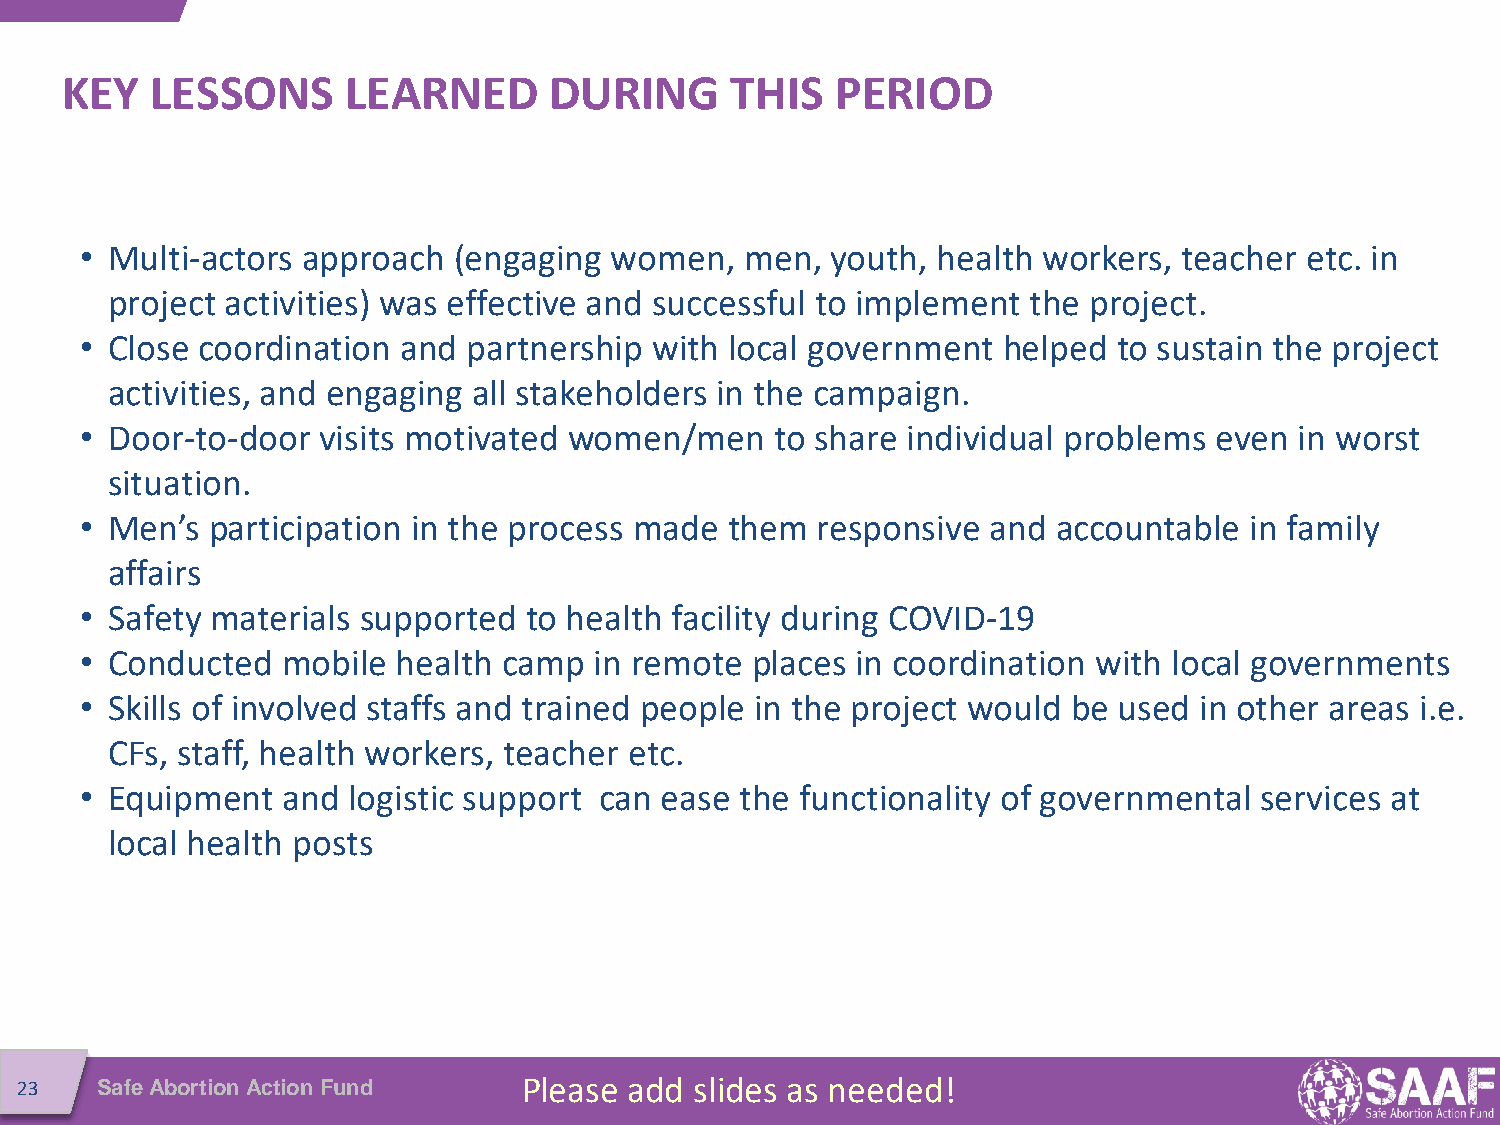
KEY   LESSONS      LEARNED      DURING      THIS   PERIOD
 • Multi-actors approach  (engaging women,   men,  youth, health workers, teacher etc. in
 project activities) was effective and successful to implement the project.
 • Close coordination  and partnership with local government  helped  to sustain the project
 activities, and engaging all stakeholders in the campaign.
 • Door-to-door  visits motivated women/men    to share individual problems  even in worst
 situation.
 • Men’s  participation in the process made them  responsive  and accountable  in family
 affairs
 • Safety materials supported  to health facility during COVID-19
 • Conducted   mobile health camp  in remote  places in coordination with local governments
 • Skills of involved staffs and trained people in the project would be used in other areas i.e.
 CFs, staff, health workers, teacher etc.
 • Equipment   and logistic support can ease the functionality of governmental services at
 local health posts
 23   Safe Abortion Action Fund    Please add slides as needed!